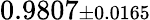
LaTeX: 0.9807{\scriptstyle\pm 0.0165}